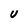
Character: u